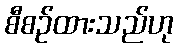
စီစဉ်ထားသည်ဟု